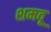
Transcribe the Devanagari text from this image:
शमवू